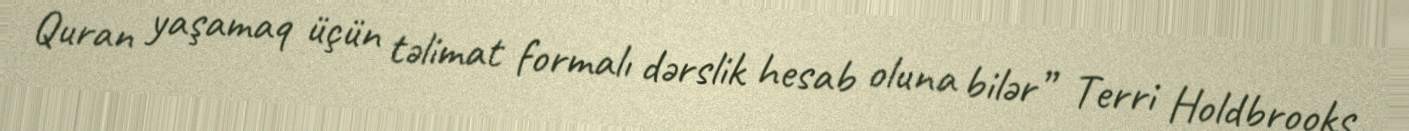
Quran yaşamaq üçün təlimat formalı dərslik hesab oluna bilər” Terri Holdbrooks